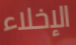
الإخلاء